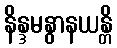
နိန္ဒမနွာနယန္တိ